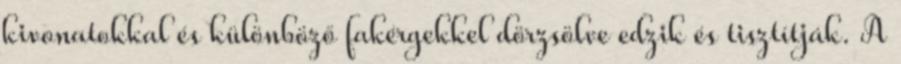
kivonatokkal és különböző fakérgekkel dörzsölve edzik és tisztítják. A